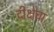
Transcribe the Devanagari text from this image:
दीक्षेचा